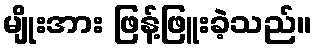
မျိုးအား ဖြန့်ဖြူးခဲ့သည်။